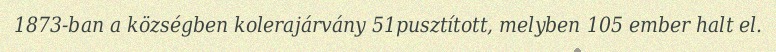
1873-ban a községben kolerajárvány 51pusztított, melyben 105 ember halt el.